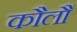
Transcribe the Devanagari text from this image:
कौलौं